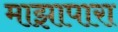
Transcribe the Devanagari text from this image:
माझापारा